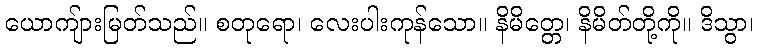
ယောကျ်ားမြတ်သည်။ စတုရော၊ လေးပါးကုန်သော။ နိမိတ္တေ၊ နိမိတ်တို့ကို။ ဒိသွာ၊